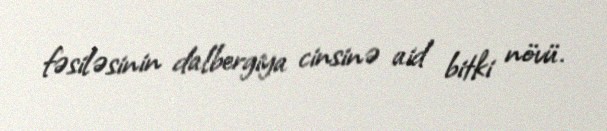
fəsiləsinin dalbergiya cinsinə aid bitki növü.